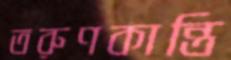
তরুণকান্তি